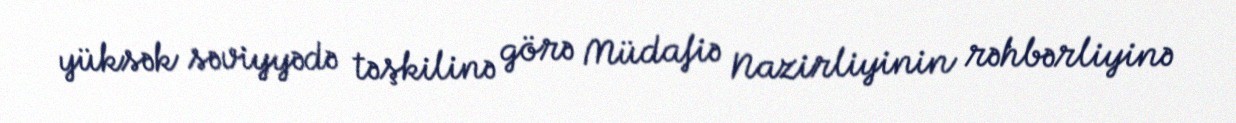
yüksək səviyyədə təşkilinə görə Müdafiə Nazirliyinin rəhbərliyinə